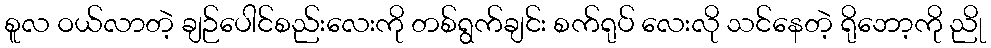
စူလ ဝယ်လာတဲ့ ချဉ်ပေါင်စည်းလေးကို တစ်ရွက်ချင်း စက်ရုပ် လေးလို သင်နေတဲ့ ရိုဘော့ကို ညို